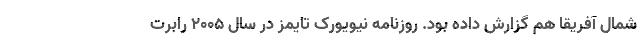
شمال آفریقا هم گزارش داده بود. روزنامه نیویورک تایمز در سال ۲۰۰۵ رابرت